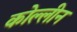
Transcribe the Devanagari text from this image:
कोल्लीन